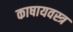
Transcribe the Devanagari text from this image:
काषायवस्त्र